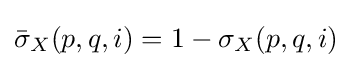
{\bar {\sigma }}_{X}(p,q,i)=1-\sigma _{X}(p,q,i)